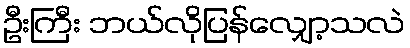
ဦးကြီး ဘယ်လိုပြန်လျှော့သလဲ